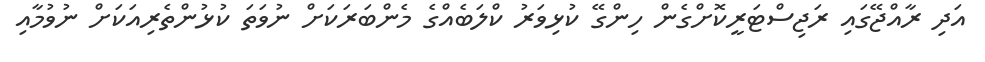
އަދި ރާއްޖޭގައި ރަޖިސްޓަރީކޮށްގެން ހިންގޭ ކުޅިވަރު ކްލަބެއްގެ މެންބަރަކަށް ނުވަތަ ކުޅުންތެރިއަކަށް ނުވުމާއި